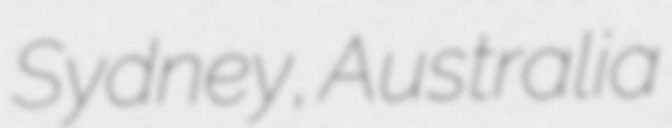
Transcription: Sydney, Australia